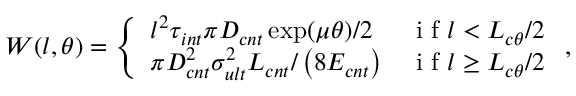
W ( l , \theta ) = \left\{ \begin{array} { l l } { l ^ { 2 } \tau _ { i n t } \pi D _ { c n t } \exp ( \mu \theta ) / 2 } & { \mathrm { ~ i ~ f ~ } l < L _ { c \theta } / 2 } \\ { \pi D _ { c n t } ^ { 2 } \sigma _ { u l t } ^ { 2 } L _ { c n t } / \left( 8 E _ { c n t } \right) } & { \mathrm { ~ i ~ f ~ } l \geq L _ { c \theta } / 2 } \end{array} \right. ,